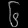
Digit: ၆